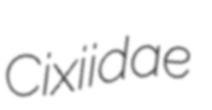
Cixiidae